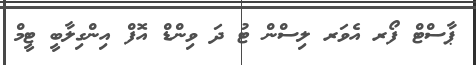
ޕާސްޓް ފޯރ އެވަރ ލިސްން ޓު ދަ ވިންޑް އޮފް އިންގިލާބީ ޓީމް